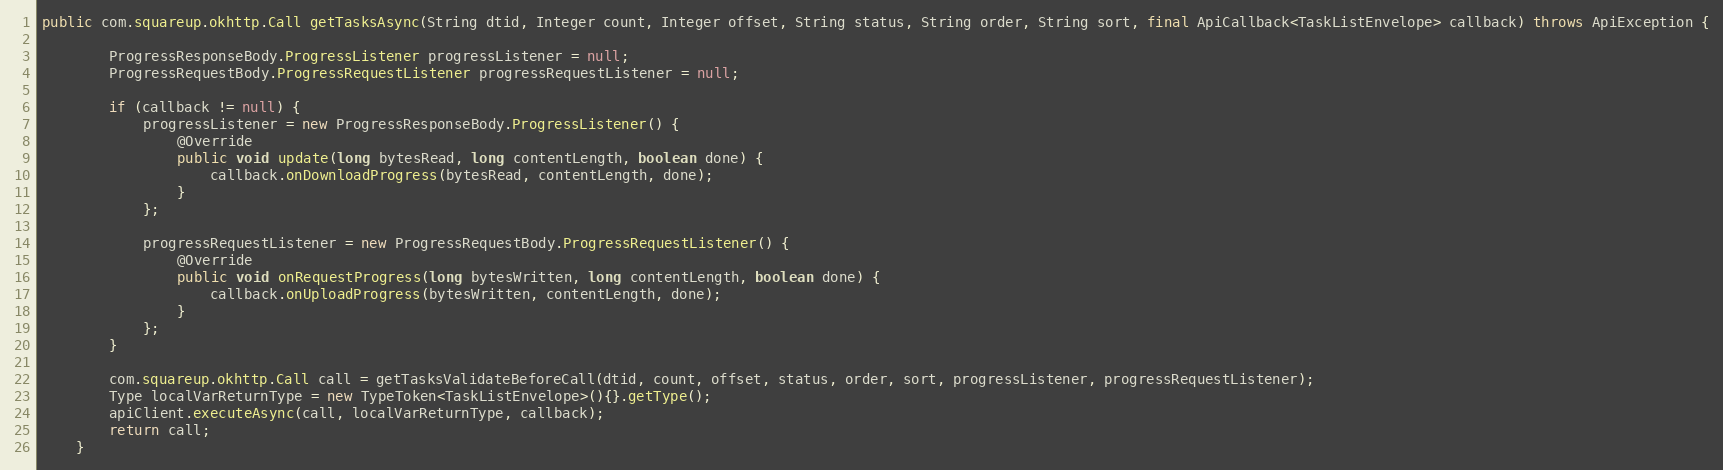
Language: Java
public com.squareup.okhttp.Call getTasksAsync(String dtid, Integer count, Integer offset, String status, String order, String sort, final ApiCallback<TaskListEnvelope> callback) throws ApiException {

        ProgressResponseBody.ProgressListener progressListener = null;
        ProgressRequestBody.ProgressRequestListener progressRequestListener = null;

        if (callback != null) {
            progressListener = new ProgressResponseBody.ProgressListener() {
                @Override
                public void update(long bytesRead, long contentLength, boolean done) {
                    callback.onDownloadProgress(bytesRead, contentLength, done);
                }
            };

            progressRequestListener = new ProgressRequestBody.ProgressRequestListener() {
                @Override
                public void onRequestProgress(long bytesWritten, long contentLength, boolean done) {
                    callback.onUploadProgress(bytesWritten, contentLength, done);
                }
            };
        }

        com.squareup.okhttp.Call call = getTasksValidateBeforeCall(dtid, count, offset, status, order, sort, progressListener, progressRequestListener);
        Type localVarReturnType = new TypeToken<TaskListEnvelope>(){}.getType();
        apiClient.executeAsync(call, localVarReturnType, callback);
        return call;
    }